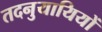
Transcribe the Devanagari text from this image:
तदनुयायियों